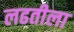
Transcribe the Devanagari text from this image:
लढतीला